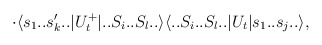
\begin{align*}\cdot \langle s_1..s'_k..|U^+_t|..S_i..S_l..\rangle \langle ..S_i..S_l..|U_t |s_1..s_j..\rangle,\end{align*}